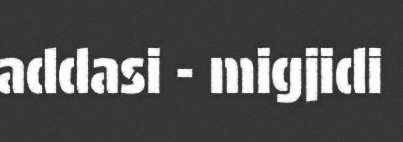
addasi - migjidi